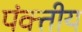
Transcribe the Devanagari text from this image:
पंक्तीय